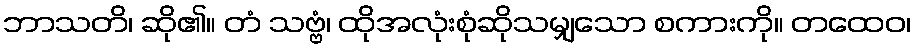
ဘာသတိ၊ ဆို၏။ တံ သဗ္ဗံ၊ ထိုအလုံးစုံဆိုသမျှသော စကားကို။ တထေဝ၊